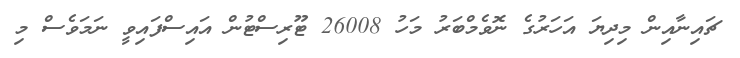
ޗައިނާއިން މިދިޔަ އަހަރުގެ ނޮވެމްބަރު މަހު 26008 ޓޫރިސްޓުން އައިސްފައިވީ ނަމަވެސް މި